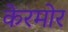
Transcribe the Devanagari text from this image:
केरमोर